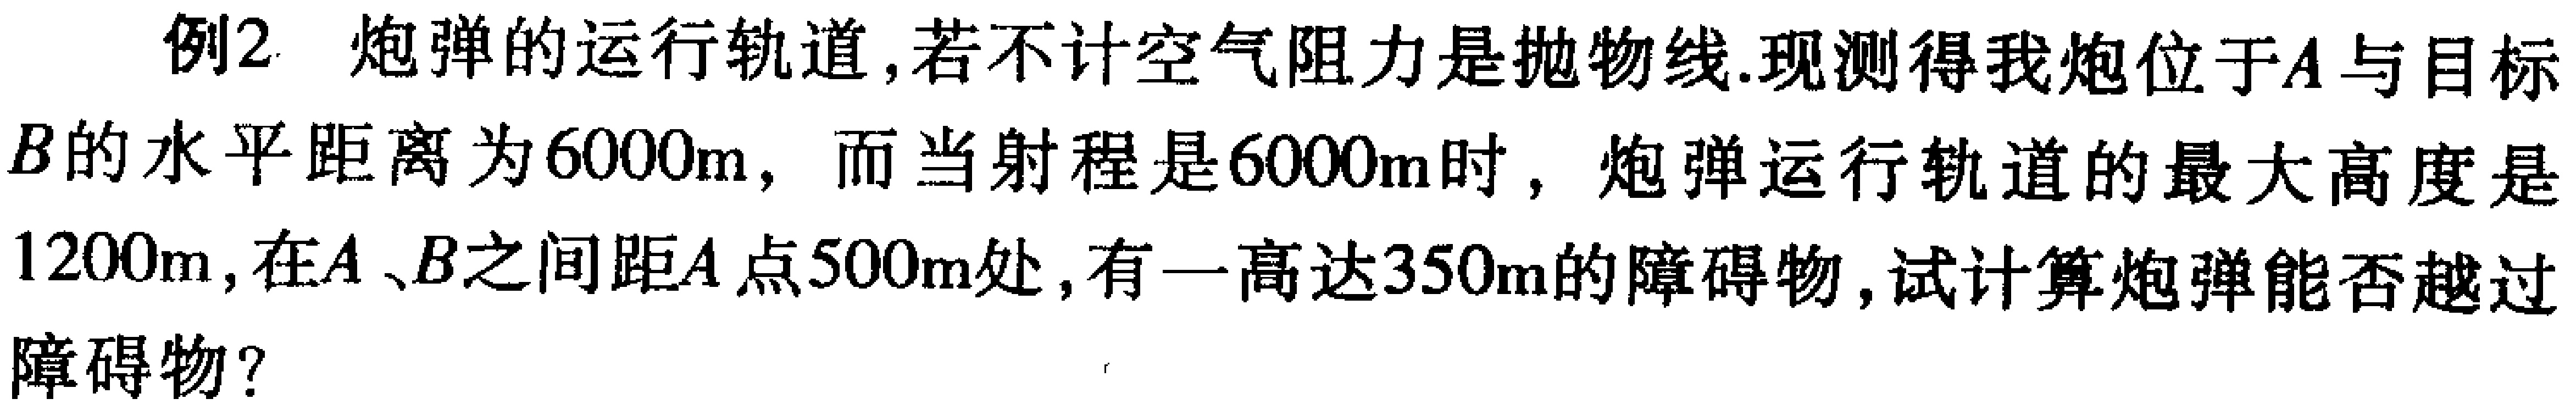
例2 炮弹的运行轨道，若不计空气阻力是抛物线.现测得我炮位于\(A\)与目标\(B\)的水平距离为\(600m\)，而当射程是\(600m\)时，炮弹运行轨道的最大高度是\(1200m\)，在\(A\)、\(B\)之间距\(A\)点\(500m\)处，有一高达\(350m\)的障碍物，试计算炮弹能否越过障碍物？